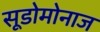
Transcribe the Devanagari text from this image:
सूडोमोनाज